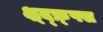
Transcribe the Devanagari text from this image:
क्ष्द्फ्र्फ्स